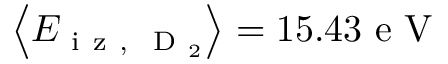
\left\langle E _ { \mathrm { ~ i ~ z ~ , ~ } \mathrm { ~ D ~ } _ { 2 } } \right\rangle = 1 5 . 4 3 \mathrm { ~ e ~ V ~ }